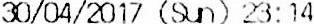
30/04/2017 (SUN) 23:14